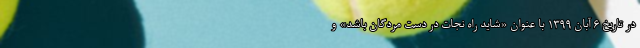
در تاریخ ۶ آبان ۱۳۹۹ با عنوان «شاید راه نجات در دست مردگان باشد» و